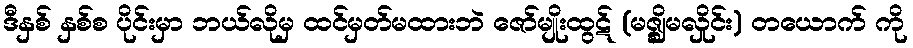
ဒီနှစ် နှစ်စ ပိုင်းမှာ ဘယ်လိုမှ ထင်မှတ်မထားဘဲ ဇော်မျိုးထွဋ် (မဇ္စ္ဈိမလှိုင်း) တယောက် ကို